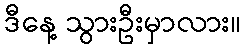
ဒီနေ့ သွားဦးမှာလား။